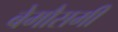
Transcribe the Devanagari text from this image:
बेमौसमी